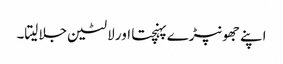
اپنے جھونپڑے پہنچتا اور لالٹین جلا لیتا۔